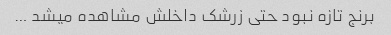
برنج تازه نبود حتی زرشک داخلش مشاهده میشد …